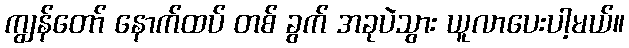
ကျွန်တော် နောက်ထပ် တစ် ခွက် အခုပဲသွား ယူလာပေးပါ့မယ်။